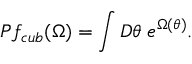
P f _ { c u b } ( \Omega ) = \int { \cal D } \theta \; e ^ { \Omega ( \theta ) } .